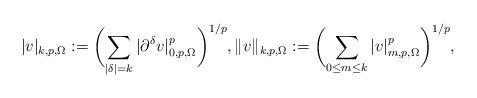
LaTeX: \begin{gather*} |v|_{k,p,\Omega} := \biggl(\sum_{|\delta|=k} |\partial^\delta v|_{0,p,\Omega}^p \biggr)^{1/p}, \|v\|_{k,p,\Omega} := \biggl(\sum_{0 \le m \le k} |v|_{m,p,\Omega}^p \biggr)^{1/p},\end{gather*}